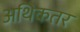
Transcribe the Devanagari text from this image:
अथिकतर